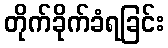
တိုက်ခိုက်ခံရခြင်း